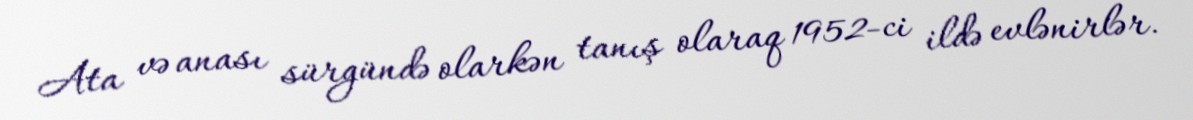
Ata və anası sürgündə olarkən tanış olaraq 1952-ci ildə evlənirlər.